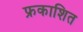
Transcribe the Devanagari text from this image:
फ्रकाशित